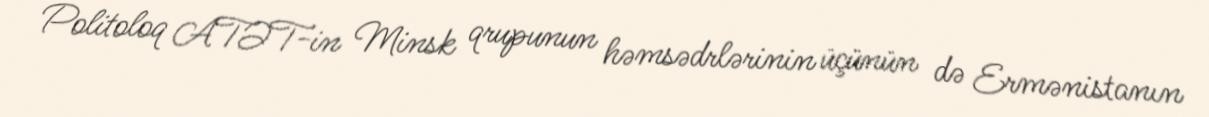
Politoloq ATƏT-in Minsk qrupunun həmsədrlərinin üçünün də Ermənistanın